Report on vaccination North-West Frontier Province 1904-1922 - 1904-1922
Year: 1904
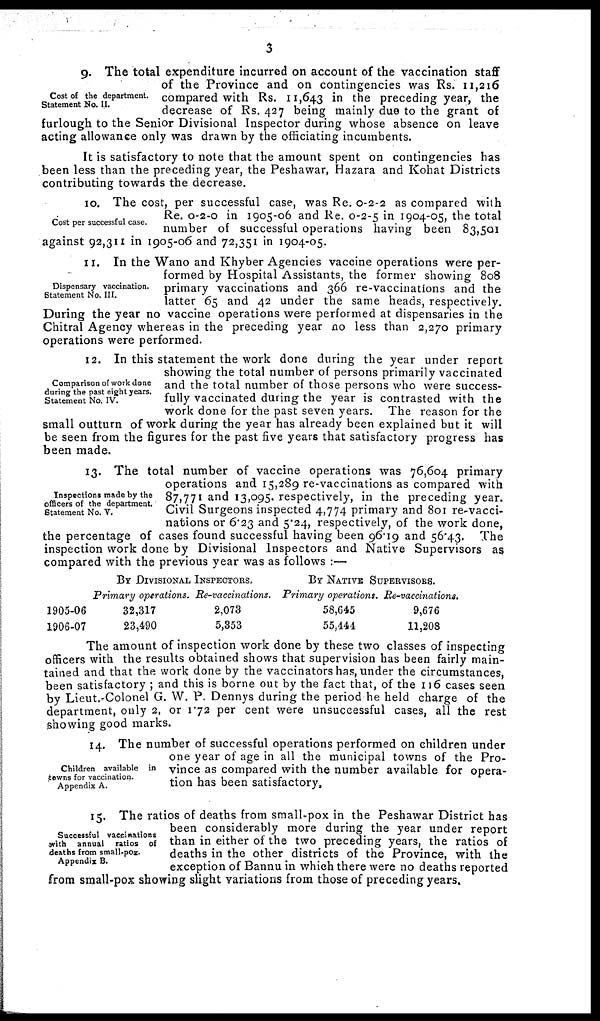
3
Cost of the department.
Statement No. II.
9. The total expenditure incurred on account of the vaccination staff
of the Province and on contingencies was Rs. 11,216
compared with Rs. 11,643 in the preceding year, the
decrease of Rs. 427 being mainly due to the grant of
furlough to the Senior Divisional Inspector during whose absence on leave
acting allowance only was drawn by the officiating incumbents.
It is satisfactory to note that the amount spent on contingencies has
been less than the preceding year, the Peshawar, Hazara and Kohat Districts
contributing towards the decrease.
Cost per successful case.
10. The cost, per successful case, was Re. 0-2-2 as compared with
Re. 0-2-0 in 1905-06 and Re. 0-2-5 in 1904-05, the total
number of successful operations having been 83,501
against 92,311 in 1905-06 and 72,351 in 1904-05.
Dispensary vaccination.
Statement No. III.
11. In the Wano and Khyber Agencies vaccine operations were per-
formed by Hospital Assistants, the former showing 808
primary vaccinations and 366 re-vaccinations and the
latter 65 and 42 under the same heads, respectively.
During the year no vaccine operations were performed at dispensaries in the
Chitral Agency whereas in the preceding year no less than 2,270 primary
operations were performed.
Comparison of work done
during the past eight years.
Statement No. IV.
12. In this statement the work done during the year under report
showing the total number of persons primarily vaccinated
and the total number of those persons who were success-
fully vaccinated during the year is contrasted with the
work done for the past seven years. The reason for the
small outturn of work during the year has already been explained but it will
be seen from the figures for the past five years that satisfactory progress has
been made.
Inspections made by the
officers of the department.
Statement No. V.
13. The total number of vaccine operations was 76,604 primary
operations and 15,289 re-vaccinations as compared with
87,771 and 13,095. respectively, in the preceding year.
Civil Surgeons inspected 4,774 primary and 801 re-vacci-
nations or 6.23 and 5.24, respectively, of the work done,
the percentage of cases found successful having been 96.19 and 56.43. The
inspection work done by Divisional Inspectors and Native Supervisors as
compared with the previous year was as follows :—
BY DIVISIONAL INSPECTORS.
1905-06
1906-07
Primary operations.
32,317
23,490
Re-vaccinations.
2,073
5,353
BY NATIVE SUPERVISORS.
Primary operations.
58,645
55,444
Re-vaccinations.
9,676
11,208
The amount of inspection work done by these two classes of inspecting
officers with the results obtained shows that supervision has been fairly main-
tained and that the work done by the vaccinators has, under the circumstances,
been satisfactory ; and this is borne out by the fact that, of the 116 cases seen
by Lieut.-Colonel G. W. P. Dennys during the period he held charge of the
department, only 2, or 1.72 per cent were unsuccessful cases, all the rest
showing good marks.
Children available in
towns for vaccination.
Appendix A.
14. The number of successful operations performed on children under
one year of age in all the municipal towns of the Pro-
vince as compared with the number available for opera-
tion has been satisfactory.
Successful vaccinations
with annual ratios of
deaths from small-pox.
Appendix B.
15. The ratios of deaths from small-pox in the Peshawar District has
been considerably more during the year under report
than in either of the two preceding years, the ratios of
deaths in the other districts of the Province, with the
exception of Bannu in which there were no deaths reported
from small-pox showing slight variations from those of preceding years.